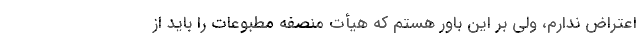
اعتراض ندارم، ولی بر این باور هستم که هیأت منصفه مطبوعات را باید از